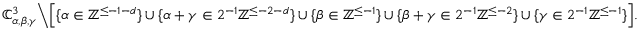
\mathbb { C } _ { \alpha , \beta , \gamma } ^ { 3 } \Big \backslash \Big [ \{ \alpha \in \mathbb { Z } ^ { \leq - 1 - d } \} \cup \{ \alpha + \gamma \in 2 ^ { - 1 } \mathbb { Z } ^ { \leq - 2 - d } \} \cup \{ \beta \in \mathbb { Z } ^ { \leq - 1 } \} \cup \{ \beta + \gamma \in 2 ^ { - 1 } \mathbb { Z } ^ { \leq - 2 } \} \cup \{ \gamma \in 2 ^ { - 1 } \mathbb { Z } ^ { \leq - 1 } \} \Big ] .